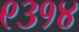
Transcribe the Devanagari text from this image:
९३१४